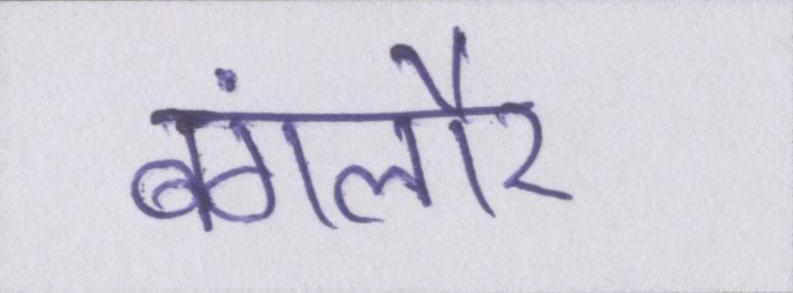
बंगलौर